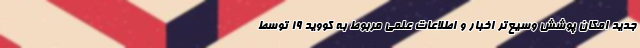
جدید امکان پوشش وسیع‌تر اخبار و اطلاعات علمی مربوط به کووید ۱۹ توسط